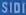
SISD